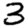
Digit: 3